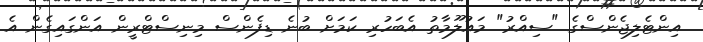
އިންޓެލިޖެންސްގެ "ސިއްރު" މައުލޫމާތު އެބަހުރި ކަމަށް ބުނެ ޑިފެންސް މިނިސްޓްރީން އަންގައިގެން އެ